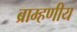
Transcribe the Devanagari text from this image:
ब्राम्हणीय